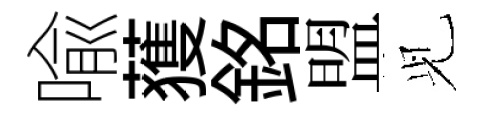
喩𫉬銘盟𫤗